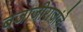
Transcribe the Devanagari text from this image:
बजाजीराजांचे